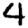
Digit: 4